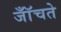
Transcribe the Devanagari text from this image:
जॉँचते